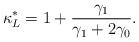
LaTeX: \begin{align*}\kappa^*_L =1+\frac{\gamma_1}{\gamma_1+2\gamma_0}.\end{align*}